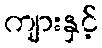
ကျားနှင့်